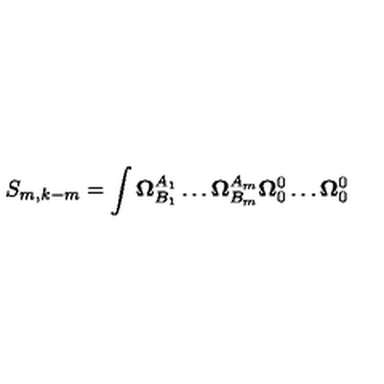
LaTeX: S _ { m , k - m } = \int \mathbf { \Omega } _ { B _ { 1 } } ^ { A _ { 1 } } \ldots \mathbf { \Omega } _ { B _ { m } } ^ { A _ { m } } \mathbf { \Omega } _ { 0 } ^ { 0 } \ldots \mathbf { \Omega } _ { 0 } ^ { 0 }